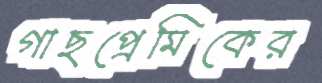
গাছপ্রেমিকের